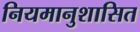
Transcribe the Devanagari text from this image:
नियमानुशासित